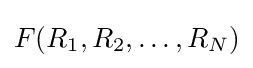
F(R_{1},R_{2},\ldots ,R_{N})